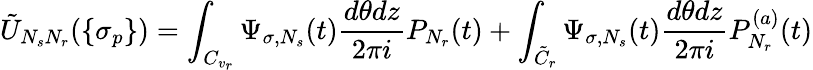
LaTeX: \tilde{U}_{N_{s}N_{r}}(\{ \sigma_{p}\} )=\int_{C_{v_{r}}}\Psi_{\sigma,N_{s}}(t)\frac{d\theta dz}{2\pi i}P_{N_{r}}(t)+\int_{\tilde{C}_{r}}\Psi_{\sigma,N_{s}}(t)\frac{d\theta dz}{2\pi i}P_{N_{r}}^{(a)}(t)